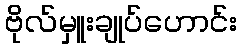
ဗိုလ်မှူးချုပ်ဟောင်း